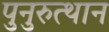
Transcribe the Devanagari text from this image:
पुनुरुत्थान